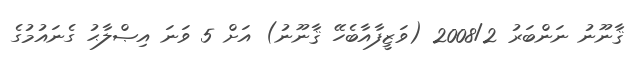
ޤާނޫނު ނަންބަރު 2008/2 (ވަޒީފާއާބެހޭ ޤާނޫނު) އަށް 5 ވަނަ އިޞްލާޙު ގެނައުމުގެ